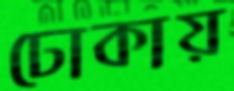
ঢোকায়